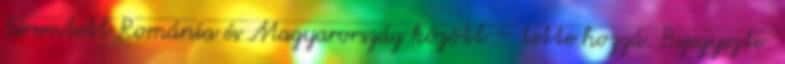
teremtett Románia és Magyarország között – tette hozzá. Bejegyezte: